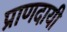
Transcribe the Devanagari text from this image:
प्राणदायी